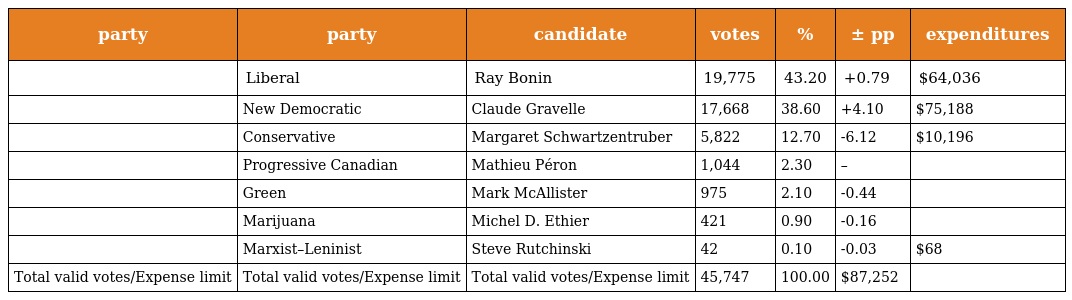
| party | party | candidate | votes | % | ± pp | expenditures |
 | --- | --- | --- | --- | --- | --- | --- |
 |  | Liberal | Ray Bonin | 19,775 | 43.20 | +0.79 | $64,036 |
 |  | New Democratic | Claude Gravelle | 17,668 | 38.60 | +4.10 | $75,188 |
 |  | Conservative | Margaret Schwartzentruber | 5,822 | 12.70 | -6.12 | $10,196 |
 |  | Progressive Canadian | Mathieu Péron | 1,044 | 2.30 | – |  |
 |  | Green | Mark McAllister | 975 | 2.10 | -0.44 |  |
 |  | Marijuana | Michel D. Ethier | 421 | 0.90 | -0.16 |  |
 |  | Marxist–Leninist | Steve Rutchinski | 42 | 0.10 | -0.03 | $68 |
 | Total valid votes/Expense limit | Total valid votes/Expense limit | Total valid votes/Expense limit | 45,747 | 100.00 | $87,252 |  |